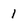
Character: 1